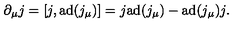
\partial _ { \mu } j = [ j , \mathrm { a d } ( j _ { \mu } ) ] = j \mathrm { a d } ( j _ { \mu } ) - \mathrm { a d } ( j _ { \mu } ) j .